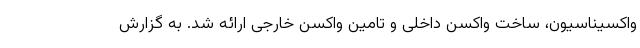
واکسیناسیون، ساخت واکسن داخلی و تامین واکسن خارجی ارائه شد. به گزارش